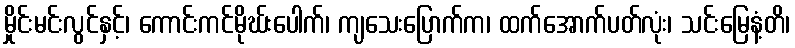
မှိုင်းမင်းလွင်နှင့်၊ ကောင်းကင်မိုဃ်းပေါက်၊ ကျသေးပြောက်က၊ ထက်အောက်ပတ်လုံး၊ သင်းမြေနံ့တိ၊